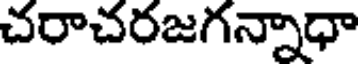
చరాచరజగన్నాధా